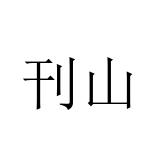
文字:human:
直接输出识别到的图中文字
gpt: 刊山